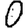
Digit: 0